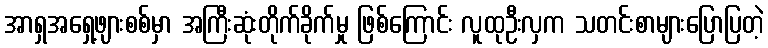
အာရှအရှေ့ဖျားစစ်မှာ အကြီးဆုံးတိုက်ခိုက်မှု ဖြစ်ကြောင်း လူထုဦးလှက သတင်းစာများပြောပြတဲ့